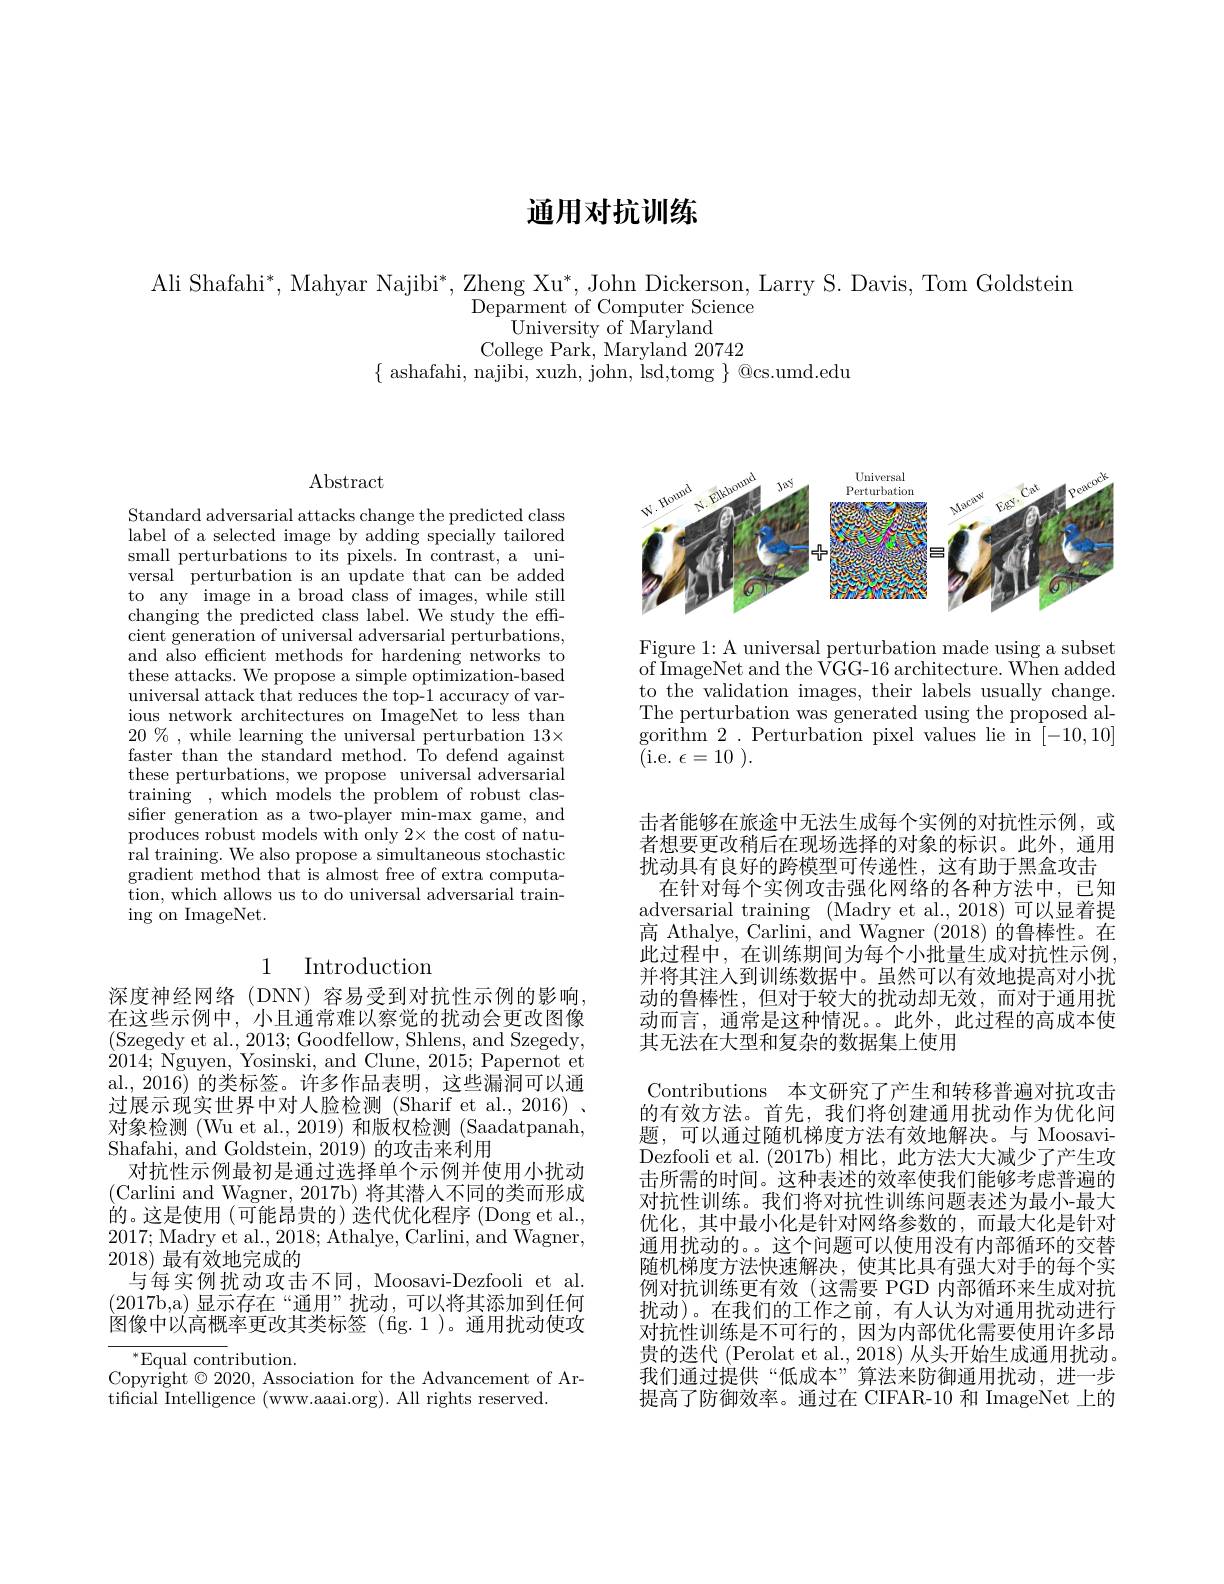
# 通用对抗训练

Ali Shafahi*, Mahyar Najibi*, Zheng Xu*, John Dickerson, Larry S. Davis, Tom Goldstein
$\bar{\text{Deparment of Computer Science}}$
University of Maryland
College Park, Maryland 20742
$\{$ ashafahi, najibi, xuzh, john, lsd,tomg $\}$ @cs.umd.edu

$\operatorname{Abstract}$

Standard adversarial attacks change the predicted class label of a selected image by adding specially tailored small perturbations to its pixels. In contrast, a universal perturbation is an update that can be added to any image in a broad class of images, while still changing the predicted class label. We study the effcient generation of universal adversarial perturbations, and also efficient methods for hardening networks to these attacks. We propose a simple optimization-based universal attack that reduces the top-1 accuracy of various network architectures on ImageNet to less than $20\%$,while learning the universal perturbation 13× faster than the standard method. To defend against these perturbations, we propose universal adversarial training , which models the problem of robust classifer generation as a two-player min-max game, and produces robust models with only 2× the cost of natural training. We also propose a simultaneous stochastic gradient method that is almost free of extra computa- $\bar{\text{tion, which allows us to do universal adversarial train-}}$ ing on ImageNet.

## 1 Introduction

深度神经网络(DNN)容易受到对抗性示例的影响在这些示例中，小且通常难以察觉的扰动会更改图像(Szegedy et al., 2013; Goodfellow, Shlens, and Szegedy, 2014; Nguyen, Yosinski, and Clune, 2015; Papernot et al.,2016)的类标签。许多作品表明，这些漏洞可以通过展示现实世界中对人脸检测(Sharif et al., 2016) . 对象检测 (Wu et al., 2019) 和版权检测 (Saadatpanah, Shafahi, and Goldstein, 2019) 的攻击来利用
对抗性示例最初是通过选择单个示例并使用小扰动(Carlini and Wagner, 2017b) 将其潜人不同的类而形成的。这是使用(可能昂贵的) 迭代优化程序 (Dong et al., 2017; Madry et al., 2018; Athalye, Carlini, and Wagner, 2018)最有效地完成的
与每实例扰动攻击不同，Moosavi-Dezfooli et al. (2017b,a)显示存在“通用”扰动，可以将其添加到任何图像中以高概率更改其类标签(fig.1)。通用扰动使攻

$^{*}$Equal contribution.
Copyright $\odot2020$, Association for the Advancement of Ar-
tificial Intelligence (www.aaai.org). All rights reserved.

<FigureHere>

Figure 1: A universal perturbation made using a subset of ImageNet and the VGG-16 architecture. When added to the validation images, their labels usually change. The perturbation was generated using the proposed algorithm 2.Perturbation pixel values lie in [-10,10] (i.e. $\epsilon = 10$ ).

击者能够在旅途中无法生成每个实例的对抗性示例，或者想要更改稍后在现场选择的对象的标识。此外，通用扰动具有良好的跨模型可传递性，这有助于黑盒攻击
在针对每个实例攻击强化网络的各种方法中，已知adversarial training (Madry et al., 2018) 可以显着提高 Athalye, Carlini, and Wagner (2018) 的鲁棒性。在此过程中，在训练期间为每个小批量生成对抗性示例， 并将其注人到训练数据中。虽然可以有效地提高对小扰动的鲁棒性，但对于较大的扰动却无效，而对于通用扰动而言，通常是这种情况。。此外，此过程的高成本使其无法在大型和复杂的数据集上使用
Contributions 本文研究了产生和转移普遍对抗攻击的有效方法。首先，我们将创建通用扰动作为优化问题，可以通过随机梯度方法有效地解决。与 MoosaviDezfooli et al. (2017b)相比，此方法大大减少了产生攻击所需的时间。这种表述的效率使我们能够考虑普遍的对抗性训练。我们将对抗性训练问题表述为最小-最大优化，其中最小化是针对网络参数的，而最大化是针对通用扰动的。。这个问题可以使用没有内部循环的交替随机梯度方法快速解决，使其比具有强大对手的每个实例对抗训练更有效(这需要 PGD 内部循环来生成对抗扰动)。在我们的工作之前，有人认为对通用扰动进行对抗性训练是不可行的，因为内部优化需要使用许多昂贵的迭代 (Perolat et al., 2018) 从头开始生成通用扰动。我们通过提供“低成本”算法来防御通用扰动，进一步提高了防御效率。通过在 CIFAR-10 和 ImageNet 上的